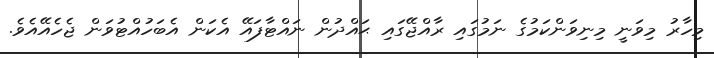
މިހާރު މިވަނީ މިނިވަންކަމުގެ ނަމުގައި ރާއްޖޭގައި ޙައްދުން ނައްޓާފައޭ އެކަން އެބަހުއްޓުވަން ޖެހެއޭއެވެ.